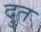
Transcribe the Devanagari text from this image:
दुत